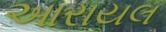
આરાયલ